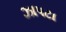
ઝાપટા